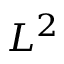
L ^ { 2 }